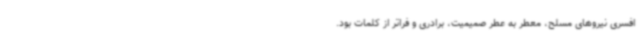
افسری نیروهای مسلح، معطر به عطر صمیمیت، برادری و فراتر از کلمات بود.